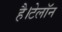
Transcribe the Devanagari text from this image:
है।टेलॉन